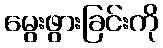
မွေးဖွားခြင်းကို